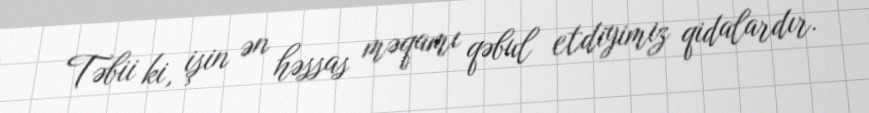
Təbii ki, işin ən həssas məqamı qəbul etdiyimiz qidalardır.